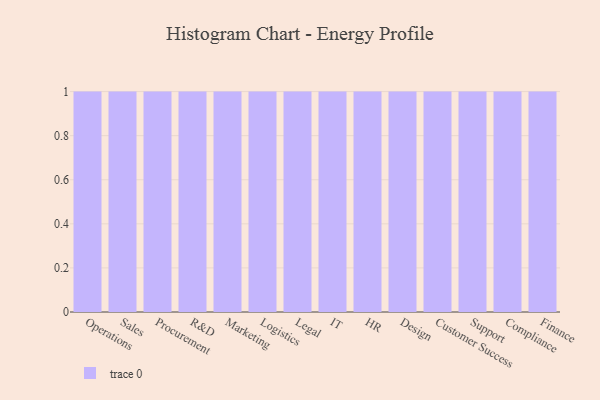
{"axis": {"x": "Department", "y": "Waste Production (Tons)"}, "legend": [""], "data": [{"x": "Operations", "y": 6, "type": ""}, {"x": "Sales", "y": 85, "type": ""}, {"x": "Procurement", "y": 8, "type": ""}, {"x": "R&D", "y": 26, "type": ""}, {"x": "Marketing", "y": 6, "type": ""}, {"x": "Logistics", "y": 60, "type": ""}, {"x": "Legal", "y": 70, "type": ""}, {"x": "IT", "y": 65, "type": ""}, {"x": "HR", "y": 37, "type": ""}, {"x": "Design", "y": 63, "type": ""}, {"x": "Customer Success", "y": 83, "type": ""}, {"x": "Support", "y": 42, "type": ""}, {"x": "Compliance", "y": 73, "type": ""}, {"x": "Finance", "y": 81, "type": ""}]}